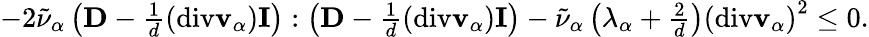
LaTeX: \begin{array}{r}{-2\tilde{\nu}_{\alpha}\left(\mathbf{D}-\frac{1}{d}(\mathrm{div}\mathbf{v}_{\alpha})\mathbf{I}\right):\left(\mathbf{D}-\frac{1}{d}(\mathrm{div}\mathbf{v}_{\alpha})\mathbf{I}\right)-\tilde{\nu}_{\alpha}\left(\lambda_{\alpha}+\frac{2}{d}\right)\left(\mathrm{div}\mathbf{v}_{\alpha}\right)^{2}\leq 0.}\end{array}